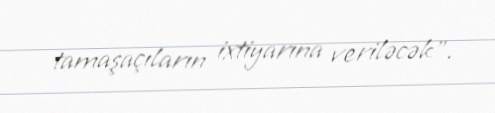
tamaşaçıların ixtiyarına veriləcək”.